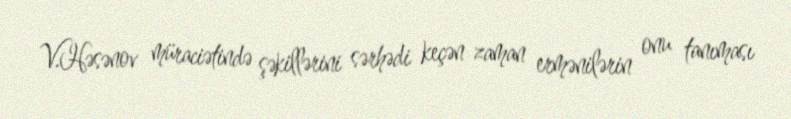
V.Həsənov müraciətində şəkillərini sərhədi keçən zaman ermənilərin onu tanıması